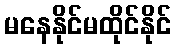
မနေနိုင်မထိုင်နိုင်